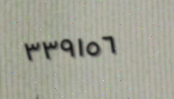
٣٣٩١٥٦